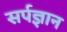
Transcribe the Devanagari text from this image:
सर्पज्ञान